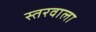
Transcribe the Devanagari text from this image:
स्तरवाला